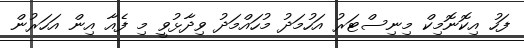
ފަހު އިކޮނޮމިކް މިނިސްޓަރު އަހުމަދު މުހައްމަދު ވިދާޅުވީ މި ފެއާ އިން އަހަރުން